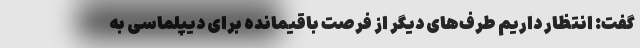
گفت: انتظار داریم طرف‌های دیگر از فرصت باقیمانده برای دیپلماسی به